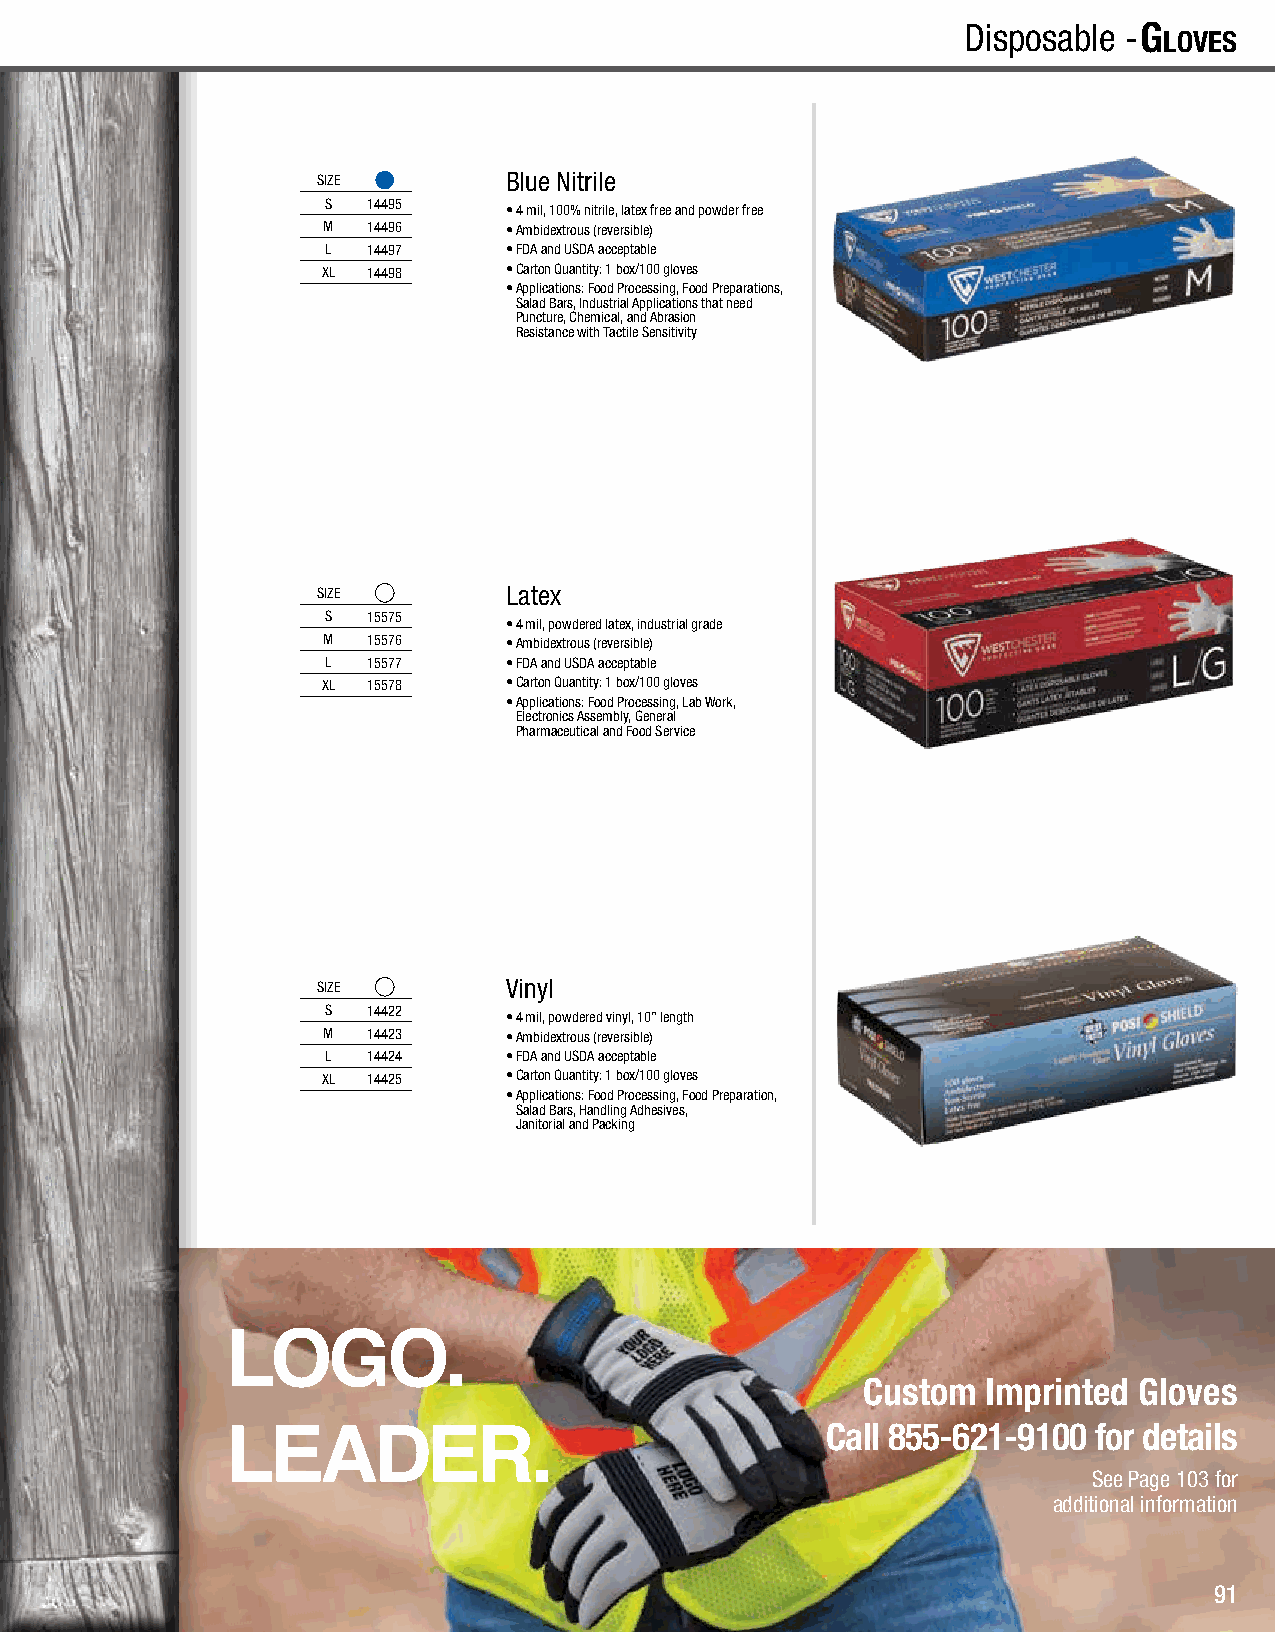
G
 loves
 G
 loves
 G
 loves
 Disposable -G
 loves
 SIZE         Blue Nitrile
 S 14495
 • 4 mil, 100% nitrile, latex free and powder free
 M  14496     • Ambidextrous (reversible)
 L 14497     • FDA and USDA acceptable
 XL 14498     • Carton Quantity: 1 box/100 gloves
 • Applications: Food Processing, Food Preparations,
 Salad Bars, Industrial Applications that need
 Puncture, Chemical, and Abrasion
 Resistance with Tactile Sensitivity
 SIZE         Latex
 S 15575
 • 4 mil, powdered latex, industrial grade
 M  15576     • Ambidextrous (reversible)
 L 15577     • FDA and USDA acceptable
 XL 15578     • Carton Quantity: 1 box/100 gloves
 • Applications: Food Processing, Lab Work,
 Electronics Assembly, General
 Pharmaceutical and Food Service
 SIZE         Vinyl
 S 14422
 • 4 mil, powdered vinyl, 10” length
 M  14423     • Ambidextrous (reversible)
 L 14424     • FDA and USDA acceptable
 XL 14425     • Carton Quantity: 1 box/100 gloves
 • Applications: Food Processing, Food Preparation,
 Salad Bars, Handling Adhesives,
 Janitorial and Packing
 Custom  Imprinted Gloves
 Call 855-621-9100 for details
 See Page 103 for
 additional information
 91